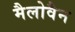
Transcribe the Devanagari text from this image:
मैलोवैन